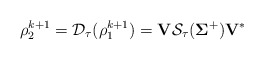
\begin{align*}\mathbf{\rho}_2^{k+1}= \mathcal{D}_{\tau}(\mathbf{\rho}_1^{k+1}) = \mathbf{V}\mathcal{S}_{\tau}(\mathbf{\Sigma}^+) \mathbf{V}^* \end{align*}